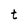
Character: t